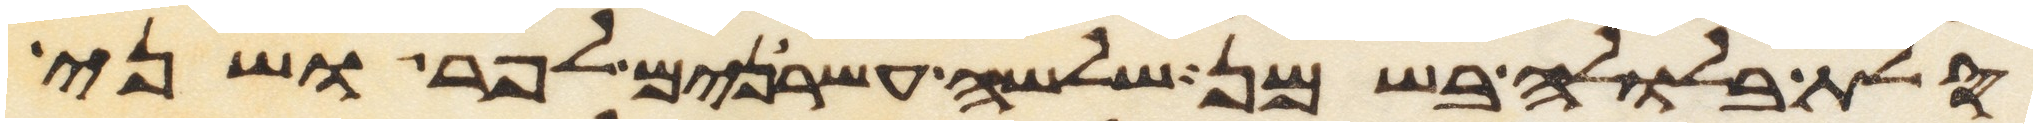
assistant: סלת בלולה בשמן שלשה עשרנים לפר ושני